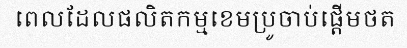
ពេលដែលផលិតកម្មខេមប្រូចាប់ផ្តើមថត